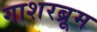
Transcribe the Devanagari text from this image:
गाशरब्रूम